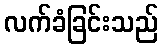
လက်ခံခြင်းသည်